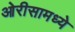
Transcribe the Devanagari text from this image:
ओरीसामध्ये